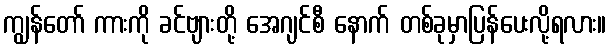
ကျွန်တော် ကားကို ခင်ဗျားတို့ အေဂျင်စီ နောက် တစ်ခုမှာပြန်ပေးလို့ရလား။